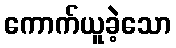
ကောက်ယူခဲ့သော